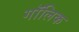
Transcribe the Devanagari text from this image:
गॉलिक